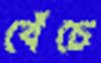
বেঁচে